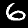
Digit: 6